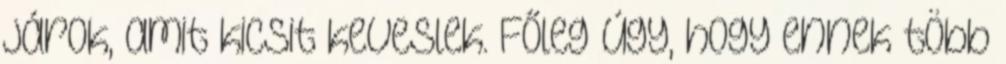
járok, amit kicsit keveslek. Főleg úgy, hogy ennek több